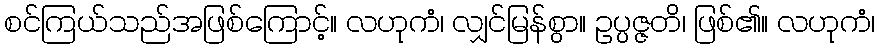
စင်ကြယ်သည်အဖြစ်ကြောင့်။ လဟုကံ၊ လျှင်မြန်စွာ။ ဥပ္ပဇ္ဇတိ၊ ဖြစ်၏။ လဟုကံ၊